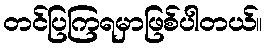
တင်ပြကြရမှာဖြစ်ပါတယ်။